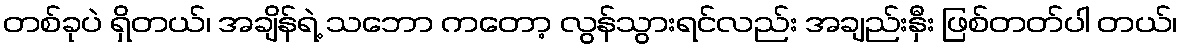
တစ်ခုပဲ ရှိတယ်၊ အချိန်ရဲ့ သဘော ကတော့ လွန်သွားရင်လည်း အချည်းနှီး ဖြစ်တတ်ပါ တယ်၊